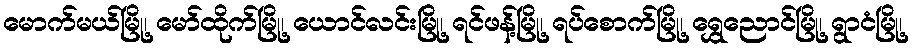
မောက်မယ်မြို့၊ မော်ထိုက်မြို့၊ ယောင်လင်းမြို့၊ ရင်ဖန့်မြို့၊ ရပ်စောက်မြို့၊ ရွှေညောင်မြို့၊ ရွာငံမြို့၊